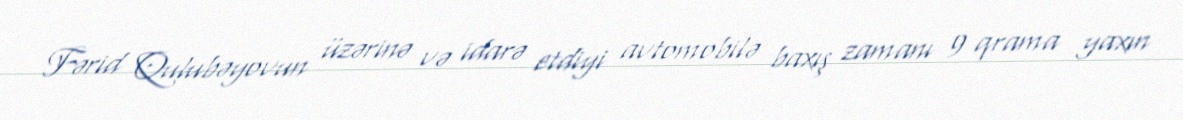
Fərid Qulubəyovun üzərinə və idarə etdiyi avtomobilə baxış zamanı 9 qrama yaxın